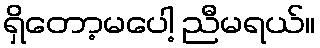
ရှိတော့မပေါ့ ညီမရယ်။